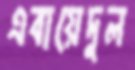
এবায়েদুল